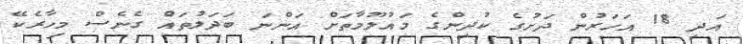
އަދި 18 އަހަރުން ދަށުގެ ކުދިންގެ މައުލޫމާތަށް އަންނަ ބަދަލުތައް ގެނެސް މިހާރެކޭ